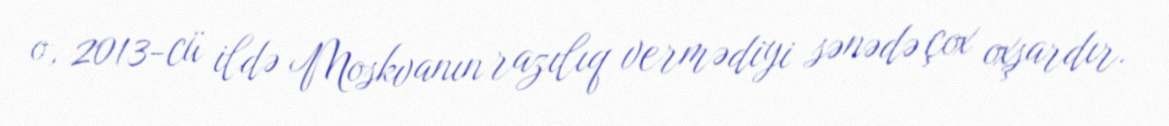
o, 2013-cü ildə Moskvanın razılıq vermədiyi sənədə çox oxşardır.